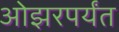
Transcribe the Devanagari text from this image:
ओझरपर्यंत